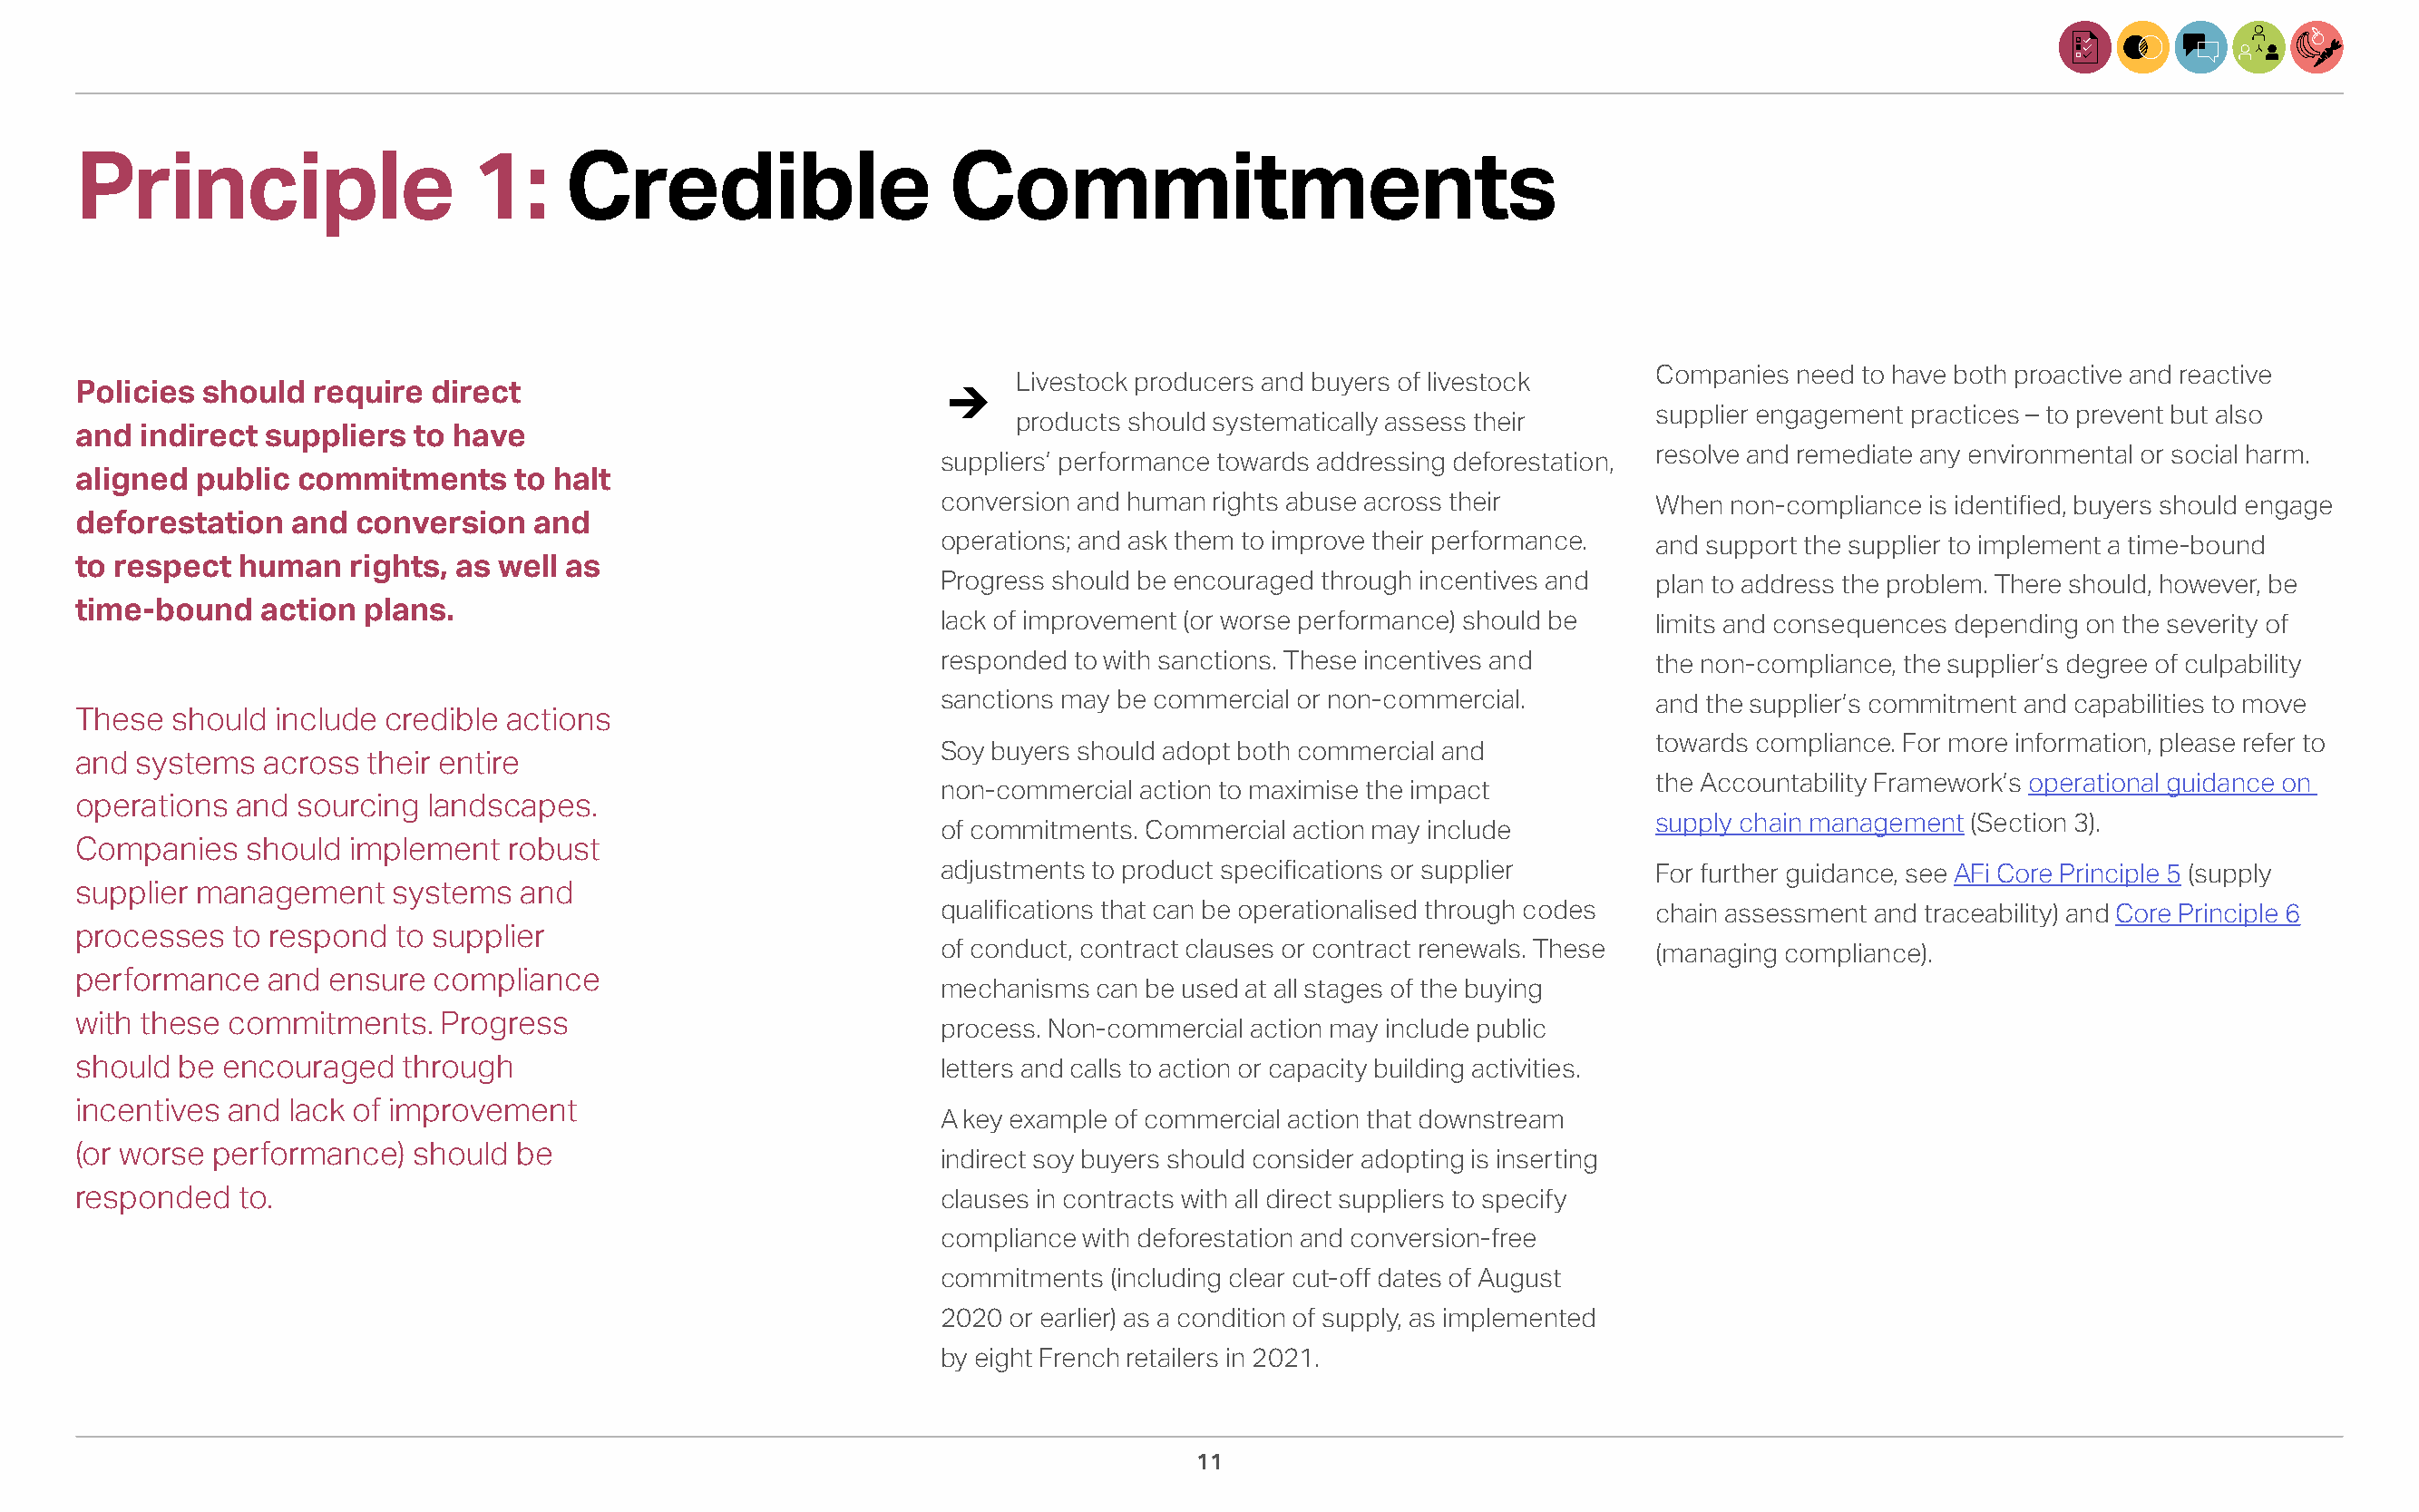
Principle                   1:     Credible                    Commitments
 Companies need to have both proactive and reactive
 Livestock producers and buyers of livestock
 Policies should  require direct
 supplier engagement practices – to prevent but also
 products should systematically assess their
 and indirect suppliers  to have
 resolve and remediate any environmental or social harm.
 suppliers’ performance towards addressing deforestation,
 aligned public  commitments     to halt
 conversion and human rights abuse across their      When non-compliance is identified, buyers should engage
 deforestation  and  conversion   and
 operations; and ask them to improve their performance. and support the supplier to implement a time-bound
 to respect human    rights, as well as
 Progress should be encouraged through incentives and plan to address the problem. There should, however, be
 time-bound   action  plans.
 lack of improvement (or worse performance) should be limits and consequences depending on the severity of
 responded to with sanctions. These incentives and   the non-compliance, the supplier’s degree of culpability
 sanctions may be commercial or non-commercial.      and the supplier’s commitment and capabilities to move
 These  should include credible actions
 towards compliance. For more information, please refer to
 Soy buyers should adopt both commercial and
 and systems  across  their entire
 the Accountability Framework’s operational guidance on
 non-commercial action to maximise the impact
 operations and  sourcing landscapes.
 supply chain management (Section 3).
 of commitments. Commercial action may include
 Companies   should  implement  robust
 adjustments to product specifications or supplier   For further guidance, see AFi Core Principle 5 (supply
 supplier management    systems  and
 qualifications that can be operationalised through codes chain assessment and traceability) and Core Principle 6
 processes  to respond  to supplier
 of conduct, contract clauses or contract renewals. These (managing compliance).
 performance   and ensure  compliance
 mechanisms can be used at all stages of the buying
 with these commitments.   Progress                             process. Non-commercial action may include public
 should be encouraged   through                                 letters and calls to action or capacity building activities.
 incentives and lack of improvement
 A key example of commercial action that downstream
 (or worse performance)  should  be                             indirect soy buyers should consider adopting is inserting
 responded  to.                                                 clauses in contracts with all direct suppliers to specify
 compliance with deforestation and conversion-free
 commitments (including clear cut-off dates of August
 2020 or earlier) as a condition of supply, as implemented
 by eight French retailers in 2021.
 11